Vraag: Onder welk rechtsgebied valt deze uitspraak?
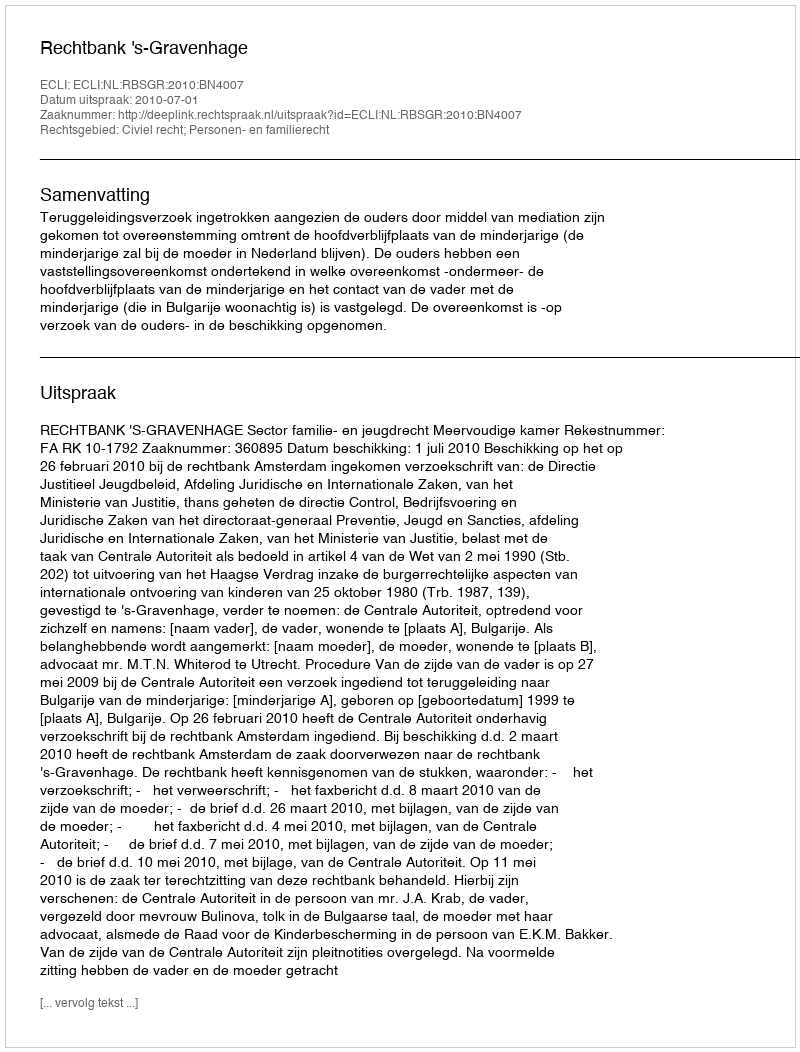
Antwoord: Civiel recht; Personen- en familierecht